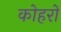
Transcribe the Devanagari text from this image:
कोहरों